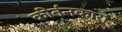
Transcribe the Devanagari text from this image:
कीर्तनकारों